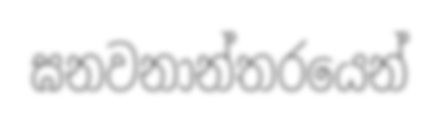
ඝනවනාන්තරයෙන්